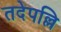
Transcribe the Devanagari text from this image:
तदेपल्लि